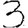
Digit: 3